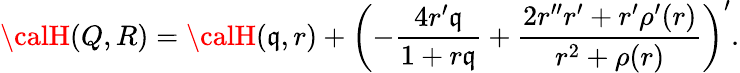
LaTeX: {\calH}(Q,R)={\calH}(\mathfrak{q},r)+\left(-\frac{{4r^{\prime}\mathfrak{q}}}{{1+r\mathfrak{q}}}+\frac{{2r^{\prime\prime}r^{\prime}+r^{\prime}\rho^{\prime}(r)}}{{r^{2}+\rho(r)}}\right)^{\prime}.